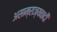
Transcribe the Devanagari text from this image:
असाम्राज्यवादी